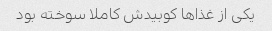
یکی از غذا‌ها کوبیدش کاملا سوخته بود